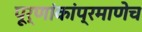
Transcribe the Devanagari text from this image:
पूर्णांकांप्रमाणेच